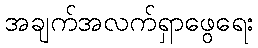
အချက်အလက်ရှာဖွေရေး